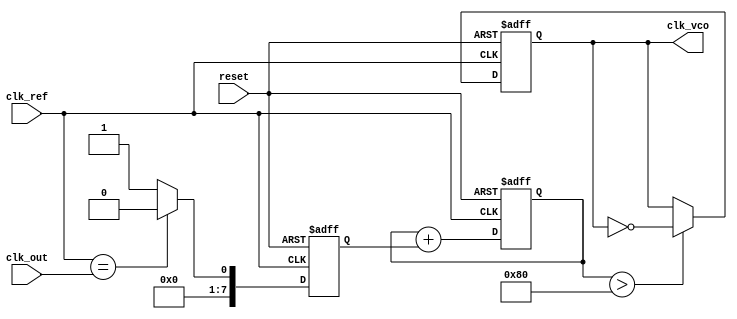
module MemoryBlocksAnalogPLL (
    input wire clk_ref,         // Reference clock input
    input wire clk_out,         // Output clock feedback
    input wire reset,           // Reset signal
    output reg clk_vco          // Voltage-Controlled Oscillator output
);

    // Parameters
    parameter PHASE_ERROR_WIDTH = 8;  // Width of phase error signal
    parameter CONTROL_WIDTH = 8;       // Width of control voltage
    parameter MEMORY_DEPTH = 16;       // Depth of memory block

    // Internal signals
    reg [PHASE_ERROR_WIDTH-1:0] phase_error; // Phase error signal
    reg [CONTROL_WIDTH-1:0] control_voltage;  // Control voltage for VCO
    reg [CONTROL_WIDTH-1:0] memory_block [0:MEMORY_DEPTH-1]; // Memory block for storing phase info
    reg [3:0] memory_index; // Index for memory block
    reg [3:0] lock_state; // State to indicate lock status

    // Phase Detector
    always @(posedge clk_ref or posedge reset) begin
        if (reset) begin
            phase_error <= 0;
        end else begin
            // Simple phase comparison logic (for illustration)
            phase_error <= (clk_ref == clk_out) ? 0 : 1; // Basic phase error detection
        end
    end

    // Loop Filter
    always @(posedge clk_ref or posedge reset) begin
        if (reset) begin
            control_voltage <= 0;
        end else begin
            // Simple low-pass filter implementation
            control_voltage <= control_voltage + phase_error; // Integrate phase error
        end
    end

    // Voltage-Controlled Oscillator
    always @(posedge clk_ref or posedge reset) begin
        if (reset) begin
            clk_vco <= 0;
        end else begin
            // Generate output clock based on control voltage
            clk_vco <= (control_voltage > 128) ? ~clk_vco : clk_vco; // Toggle based on control voltage
        end
    end

    // Memory Block for storing phase information
    always @(posedge clk_ref or posedge reset) begin
        if (reset) begin
            memory_index <= 0;
        end else begin
            // Store phase error in memory
            memory_block[memory_index] <= phase_error;
            memory_index <= (memory_index + 1) % MEMORY_DEPTH; // Circular buffer
        end
    end

    // Lock State Logic (not fully implemented)
    always @(posedge clk_ref or posedge reset) begin
        if (reset) begin
            lock_state <= 0;
        end else begin
            // Update lock state based on phase error
            if (phase_error == 0) begin
                lock_state <= 1; // Locked state
            end else begin
                lock_state <= 0; // Unlocked state
            end
        end
    end

endmodule